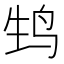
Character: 𬸆